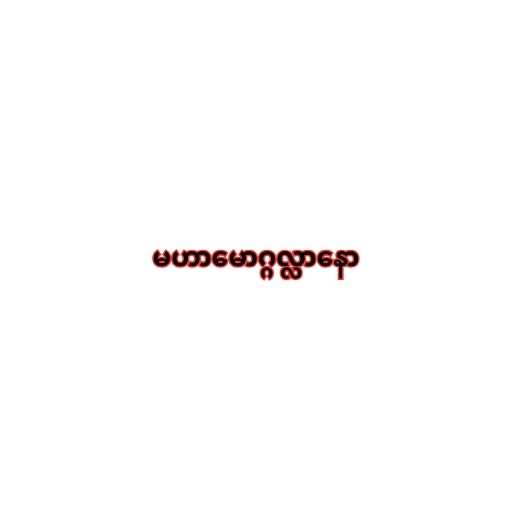
မဟာမောဂ္ဂလ္လာနော